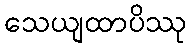
သေယျထာပိဿု